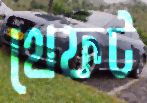
থেফট